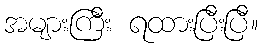
အများကြီး ရထားပြီးပြီ။